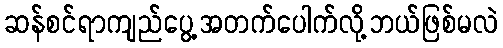
ဆန်စင်ရာကျည်ပွေ့အတက်ပေါက်လို့ဘယ်ဖြစ်မလဲ